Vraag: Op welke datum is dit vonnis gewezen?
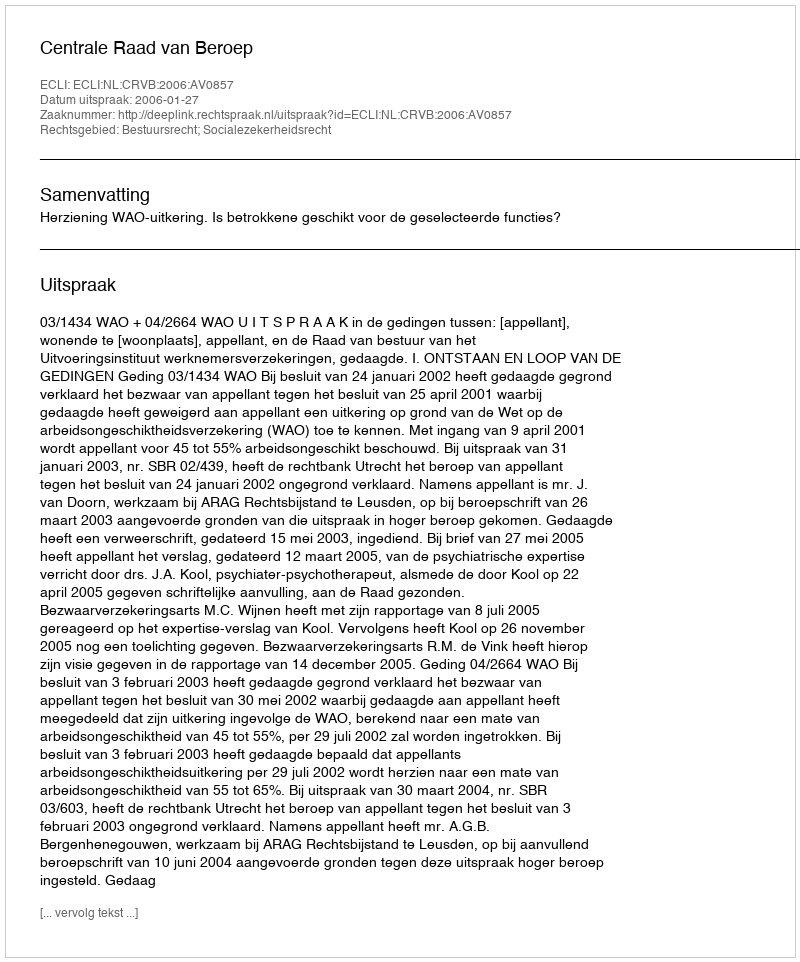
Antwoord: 2006-01-27